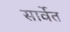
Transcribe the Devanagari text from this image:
सार्वेत